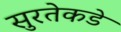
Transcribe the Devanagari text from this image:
सुरतेकडे